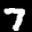
Label: 7